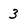
Character: 3